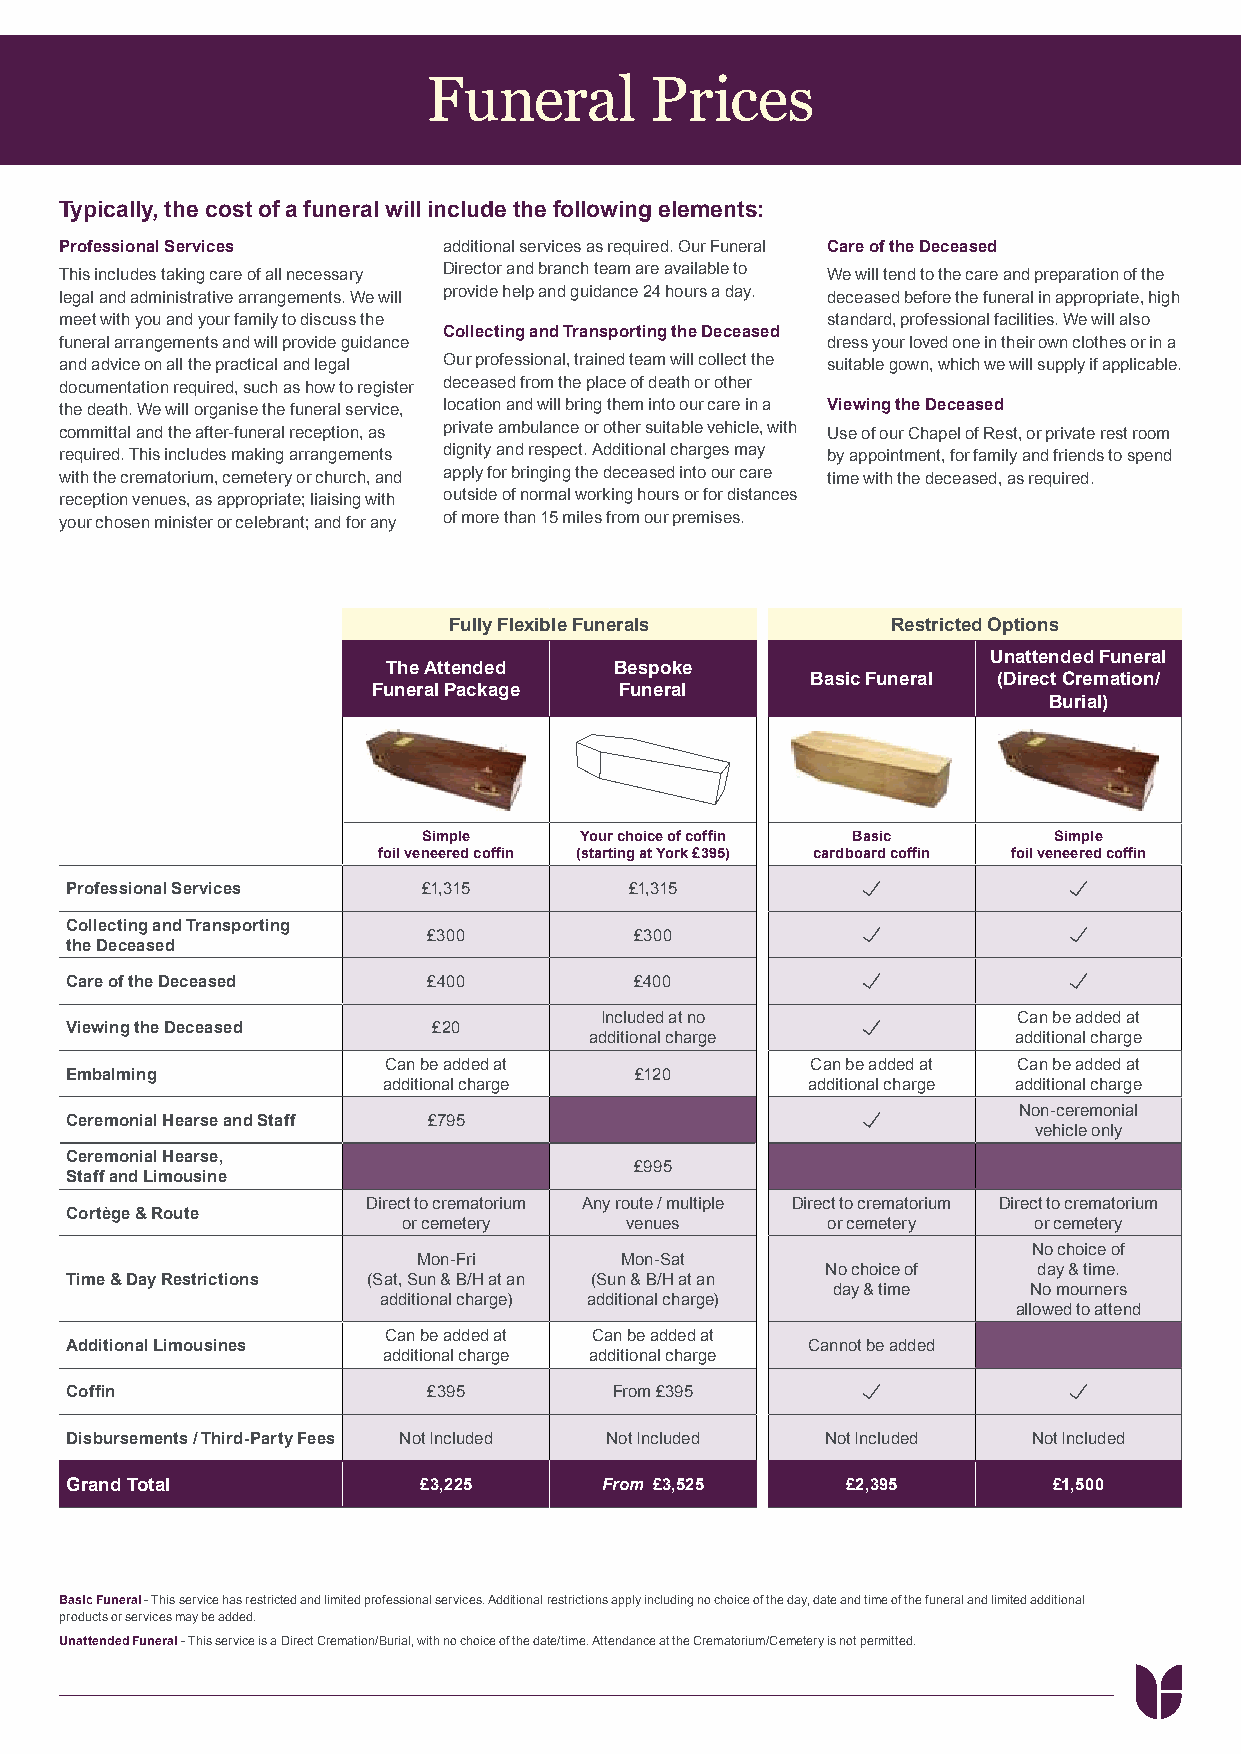
Funeral        Prices
 Typically, the cost of a funeral will include the following elements:
 Professional Services    additional services as required. Our Funeral Care of the Deceased
 This includes taking care of all necessary Director and branch team are available to We will tend to the care and preparation of the
 legal and administrative arrangements. We will provide help and guidance 24 hours a day. deceased before the funeral in appropriate, high
 meet with you and your family to discuss the       standard, professional facilities. We will also
 Collecting and Transporting the Deceased
 funeral arrangements and will provide guidance     dress your loved one in their own clothes or in a
 and advice on all the practical and legal Our professional, trained team will collect the suitable gown, which we will supply if applicable.
 documentation required, such as how to register deceased from the place of death or other
 the death. We will organise the funeral service, location and will bring them into our care in a Viewing the Deceased
 committal and the after-funeral reception, as private ambulance or other suitable vehicle, with Use of our Chapel of Rest, or private rest room
 required. This includes making arrangements dignity and respect. Additional charges may by appointment, for family and friends to spend
 with the crematorium, cemetery or church, and apply for bringing the deceased into our care time with the deceased, as required.
 reception venues, as appropriate; liaising with outside of normal working hours or for distances
 your chosen minister or celebrant; and for any of more than 15 miles from our premises.
 Fully Flexible Funerals      Restricted Options
 Unattended Funeral
 The Attended   Bespoke
 Basic Funeral (Direct Cremation/
 Funeral Package Funeral
 Burial)
 Simple    Your choice of coffin Basic     Simple
 foil veneered coffin (starting at York £395) cardboard coffin foil veneered coffin
 Professional Services   £1,315        £1,315
 Collecting and Transporting
 £300          £300
 the Deceased
 Care of the Deceased    £400          £400
 Included at no             Can be added at
 Viewing the Deceased     £20
 additional charge           additional charge
 Can be added at              Can be added at Can be added at
 Embalming                             £120
 additional charge           additional charge additional charge
 Non-ceremonial
 Ceremonial Hearse and Staff £795
 vehicle only
 Ceremonial Hearse,
 £995
 Staff and Limousine
 Direct to crematorium Any route / multiple Direct to crematorium Direct to crematorium
 Cortège & Route
 or cemetery   venues        or cemetery  or cemetery
 No choice of
 Mon-Fri      Mon-Sat
 No choice of  day & time.
 Time & Day Restrictions (Sat, Sun & B/H at an (Sun & B/H at an
 day & time   No mourners
 additional charge) additional charge)
 allowed to attend
 Can be added at Can be added at
 Additional Limousines                            Cannot be added
 additional charge additional charge
 Coffin                  £395         From £395
 Disbursements / Third-Party Fees Not Included Not Included Not Included Not Included
 Grand Total             £3,225      From £3,525     £2,395        £1,500
 Basic Funeral - This service has restricted and limited professional services. Additional restrictions apply including no choice of the day, date and time of the funeral and limited additional
 products or services may be added.
 Unattended Funeral - This service is a Direct Cremation/Burial, with no choice of the date/time. Attendance at the Crematorium/Cemetery is not permitted.